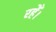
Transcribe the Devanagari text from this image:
रहेँ।